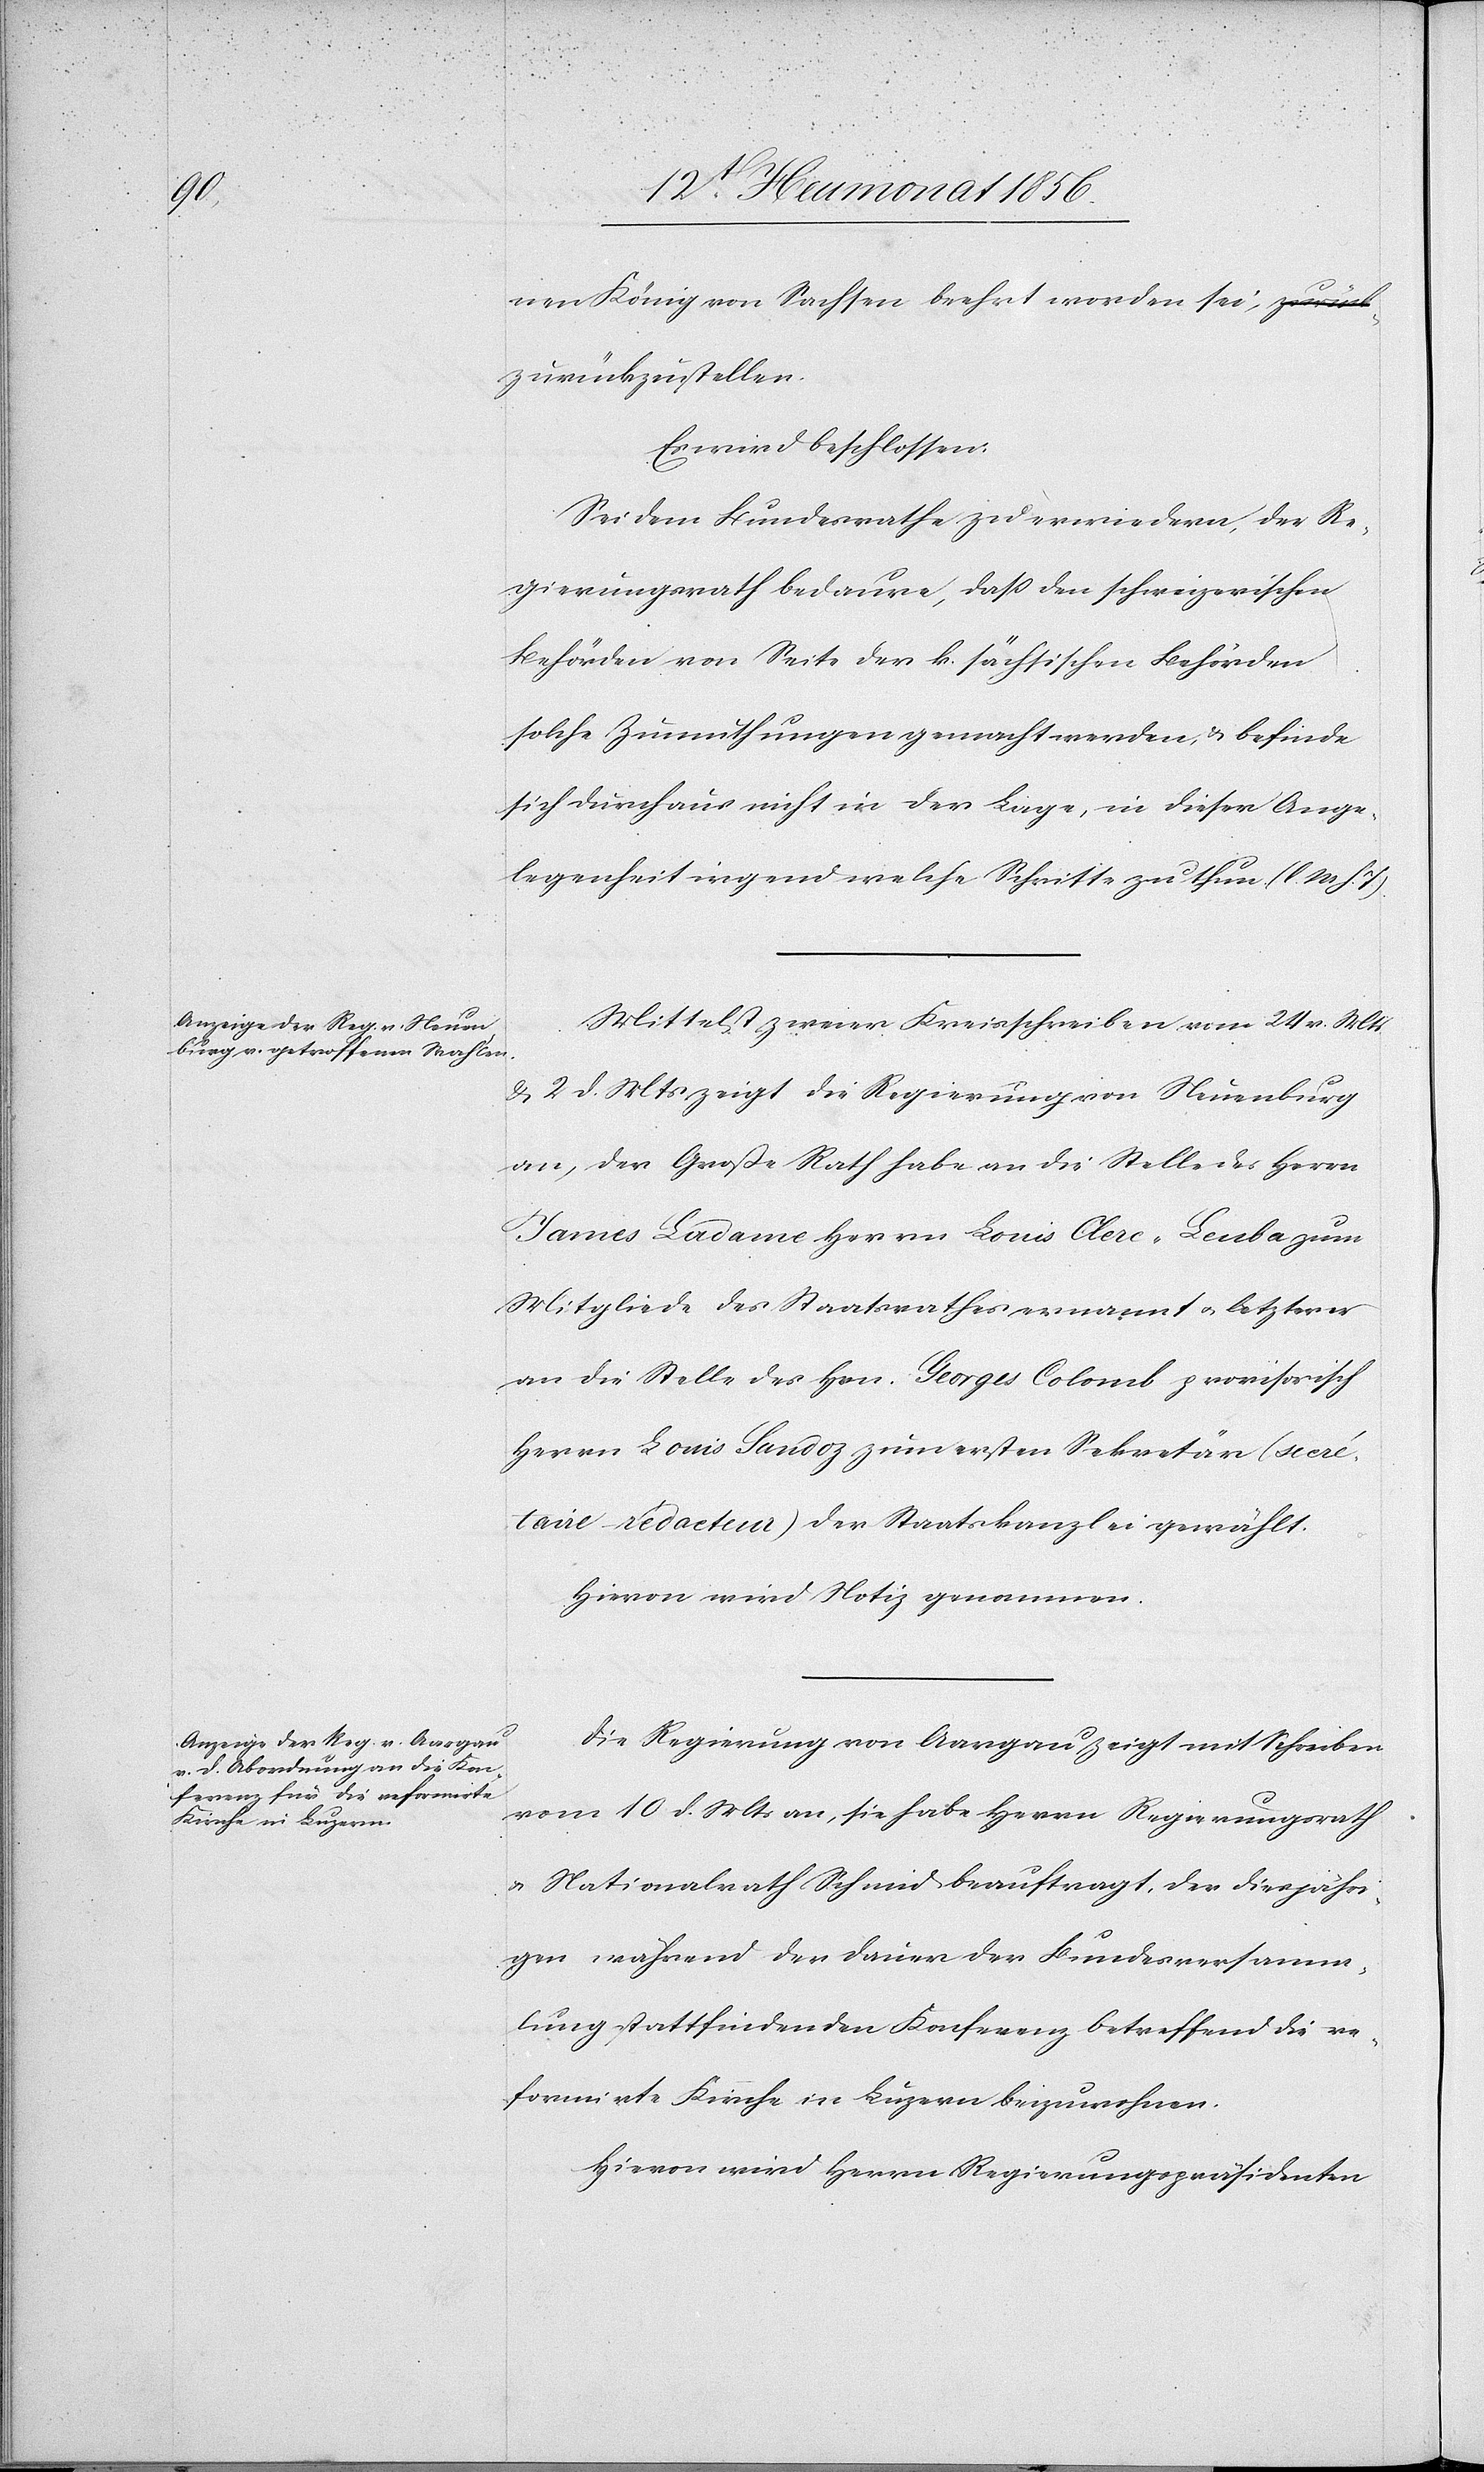
nen König von Sachsen beehrt worden sei, zurück¬
zustellen.
Es wird beschlossen:
Sei dem Bundesrath zu erwiedern, der Re¬
gierungsrath bedaure, dass den schweizerischen
Behörden von Seite der k. sächsischen Behörden
solche Zumuthungen gemacht werden, & befinde
sich durchaus nicht in der Lage, in dieser Ange¬
legenheit irgend welche Schritte zu thun. (l. M. h. T).
Mittelst zweier Kreisschreiben vom 24 v. Mts.
& 2 d. Mts zeigt die Regierung von Neuenburg
an, der Große Rath habe an die Stelle des Herrn
James Ladame Herrn Louis Clerc-Leuba zum
Mitgliede des Staatsrathes ernannt u. letzterer
an die Stelle des Hrn. Georges Colomb provisorisch
Herrn Louis Sandoz zum ersten Sekretär (secré¬
taire rédacteur) der Staatskanzlei gewählt.
Hievon wird Notiz genommen.
Die Regierung von Aargau zeigt mit Schreiben
vom 10 d. Mts an, sie habe Herrn Regierungsrath
Nationalrath Schmid beauftragt, der diesjähri¬
gen während der Dauer der Bundesversamm¬
lung stattfindenden Konferenz betreffend die re¬
formirte Kirche in Luzern beizuwohnen.
Hievon wird Herrn Regierungspräsidenten